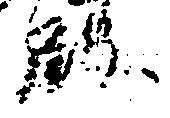
殿